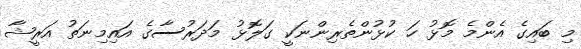
މި ބައިގެ އެންމެ މޮޅު ހަ ކުޅުންތެރިންނަކީ ގަލޮޅު މަދަރުސާގެ އައިމިނަތު އަރީޝާ